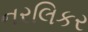
નરલિકર